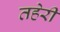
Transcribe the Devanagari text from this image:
तहेरी